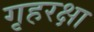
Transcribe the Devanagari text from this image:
गृहरक्षा